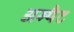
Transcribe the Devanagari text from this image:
अम्पैट